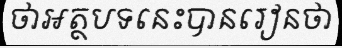
ថាអត្ថបទនេះបានរៀនថា